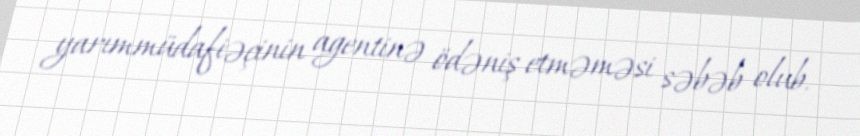
yarımmüdafiəçinin agentinə ödəniş etməməsi səbəb olub.